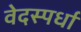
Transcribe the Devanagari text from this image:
वेदस्पर्धा